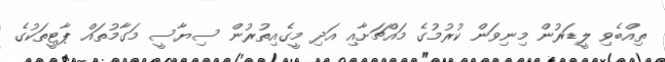
ތިއްބެވި ލީޑަރުން މިނިވަން ކުރުމުގެ މައްޗަށާއި އަދި މީގެއިތުރުން ސިޔާސީ މަގާމުތައް ޕާޓީތަކުގެ